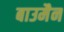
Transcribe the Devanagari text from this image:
बाउमैन